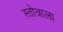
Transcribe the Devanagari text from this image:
स्तोत्राला